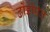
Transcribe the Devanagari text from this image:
ढोंडोपंत